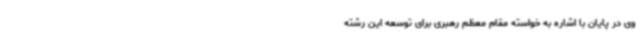
وی در پایان با اشاره به خواسته مقام معظم رهبری برای توسعه این رشته